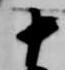
十